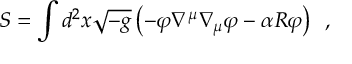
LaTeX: S = \int d ^ { 2 } x \sqrt { - g } \left( - \varphi \nabla ^ { \mu } \nabla _ { \mu } \varphi - \alpha R \varphi \right) \, \, \, ,